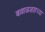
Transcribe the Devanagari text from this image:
बल्लाळशाहच्या